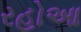
રહોઆ